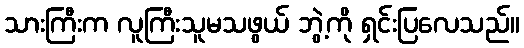
သားကြီးက လူကြီးသူမသဖွယ် ဘွဲ့ကို ရှင်းပြလေသည်။